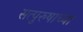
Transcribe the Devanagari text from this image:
सत्पुरुषाच्या